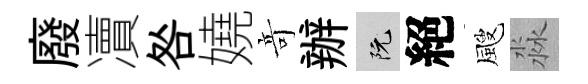
廢凟咎嬈竒辦阮絕颼淼